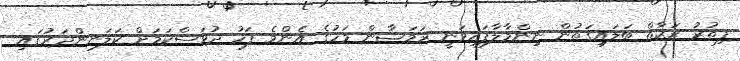
ފިޠުރު ޒަކާތް ބަލައިގަތުން ނިންމާލާފައިވަނީ ރަމަޟާން މަހުގެ އެންމެ ފަހު ދުވަސްކަމަށް ކަލަނންދަރުގައި